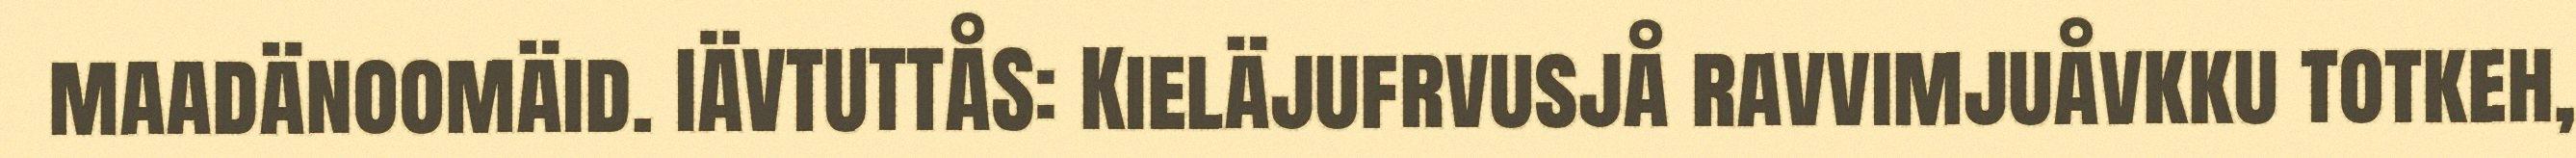
maadänoomäid. IÄVTUTTÅS: Kieläjufrvusjå ravvimjuåvkku totkeh,